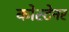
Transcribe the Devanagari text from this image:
कोस्टेनर